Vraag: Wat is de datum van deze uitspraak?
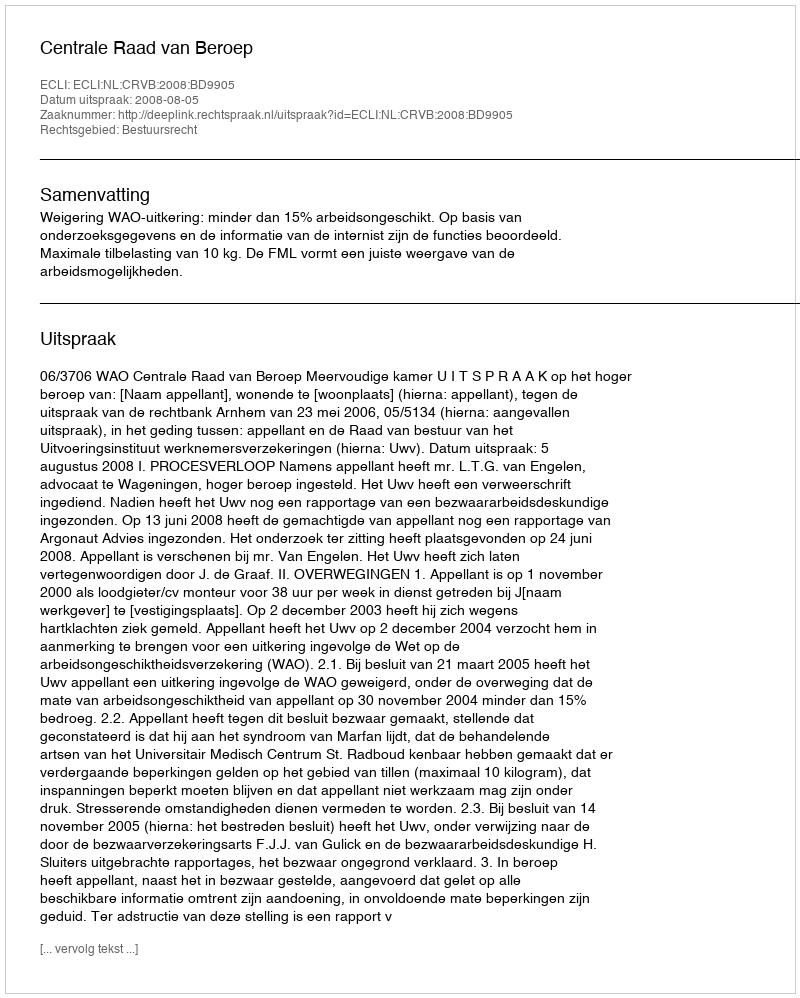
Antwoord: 2008-08-05